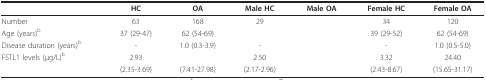
<table><thead><tr><td>[EMPTY_CELL]</td><td><b>HC</b></td><td><b>OA</b></td><td><b>Male HC</b></td><td><b>Male OA</b></td><td><b>Female HC</b></td><td><b>Female OA</b></td></tr></thead><tbody><tr><td>Number</td><td>63</td><td>168</td><td>29</td><td>[EMPTY_CELL]</td><td>34</td><td>120</td></tr><tr><td>Age (years)<sup>b</sup></td><td>37 (29-47)</td><td>62 (54-69)</td><td>[EMPTY_CELL]</td><td>[EMPTY_CELL]</td><td>39 (29-52)</td><td>62 (54-69)</td></tr><tr><td>Disease duration (years)<sup>b</sup></td><td>-</td><td>1.0 (0.3-3.9)</td><td>-</td><td>[EMPTY_CELL]</td><td>-</td><td>1.0 (0.5-5.0)</td></tr><tr><td>FSTL1 levels (μg/L)<sup>b</sup></td><td>2.93</td><td>[EMPTY_CELL]</td><td>2.50</td><td>[EMPTY_CELL]</td><td>3.32</td><td>24.40</td></tr><tr><td>[EMPTY_CELL]</td><td>(2.35-3.69)</td><td>(7.41-27.98)</td><td>(2.17-2.96)</td><td>[EMPTY_CELL]</td><td>(2.43-8.67)</td><td>(15.65-31.17)</td></tr></tbody></table>